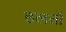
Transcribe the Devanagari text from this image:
हलतों